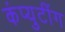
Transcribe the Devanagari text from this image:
कंप्युटींग